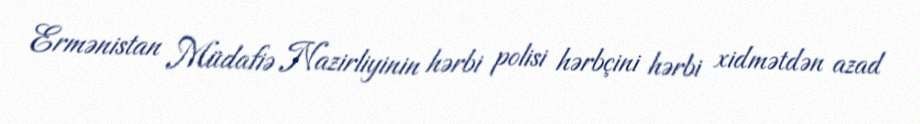
Ermənistan Müdafiə Nazirliyinin hərbi polisi hərbçini hərbi xidmətdən azad